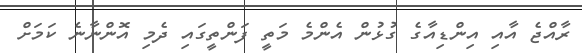
ރާއްޖެ އާއި އިންޑިއާގެ ގުޅުން އެންމެ މަތީ ފަންތީގައި ދެމި އޮންނާނެ ކަމަށް